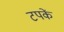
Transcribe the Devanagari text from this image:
टपकें